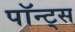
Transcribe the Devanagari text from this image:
पॉन्ट्स